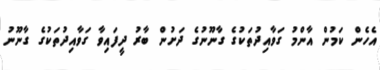
އެހެން ކަމުން އާންމު ގަވާއިދުތަކުގެ ގާނޫނުގެ ދަށުން ބާރު ދީފައިވާ ގަވާއިދުތަކުގެ ގާނޫނު